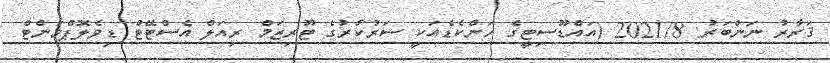
ޤަރާރު ނަންބަރު: 2021/8 (އައްޑޫސިޓީގެ ހަންކެޑެއަކީ ސަރުކާރުގެ ޓޫރިޒަމް ރިއަލް އެސްޓޭޓް ޑިވެލޮޕްމަންޓް